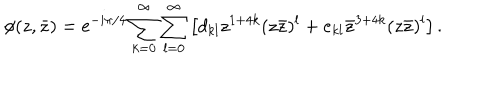
\phi ( z , \bar { z } ) = { \mathrm e } ^ { - i \pi / 4 } \sum _ { k = 0 } ^ { \infty } \sum _ { l = 0 } ^ { \infty } \left[ d _ { k l } z ^ { 1 + 4 k } ( z \bar { z } ) ^ { l } + e _ { k l } { \bar { z } } ^ { 3 + 4 k } ( z \bar { z } ) ^ { l } \right] .